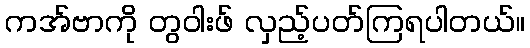
ကအ်ဗာကို တွဝါးဖ် လှည့်ပတ်ကြရပါတယ်။